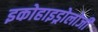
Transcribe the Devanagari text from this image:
इकोहाइड्रोलोजी